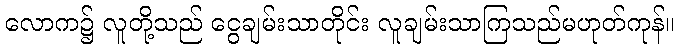
လောက၌ လူတို့သည် ငွေချမ်းသာတိုင်း လူချမ်းသာကြသည်မဟုတ်ကုန်။